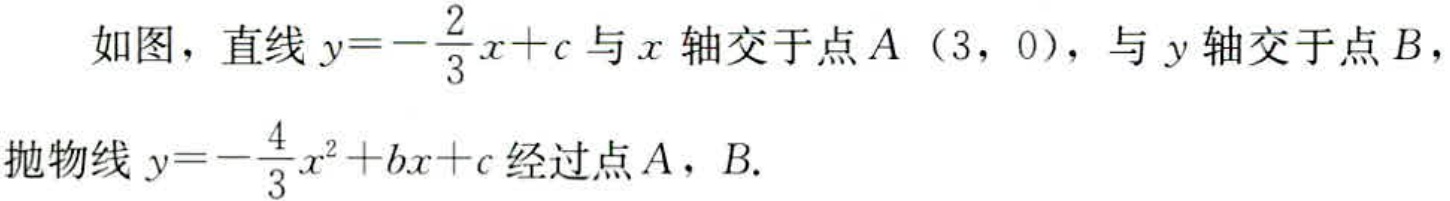
如图，直线\(y = -\frac{2}{3}x + c\)与\(x\)轴交于点\(A(3,0)\)，与\(y\)轴交于点\(B\)，抛物线\(y = -\frac{4}{3}x^{2}+bx + c\)经过点\(A\)，\(B\).